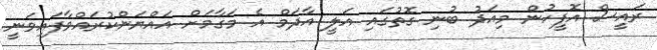
ރައީސް އޮފީހުން މިއަދު ބުނި ގޮތުގައި އަލީ އާދަމް އެ މަގާމަށް އައްޔަންކުރައްވާފައިވަނީ